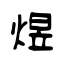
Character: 煜